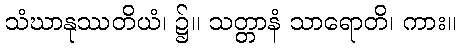
သံဃာနုဿတိယံ၊ ၌။ သတ္တာနံ သာရောတိ၊ ကား။